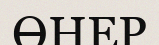
ӨНЕР